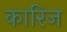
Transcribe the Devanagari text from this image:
कारिज